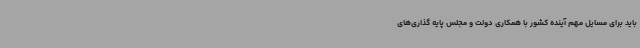
باید برای مسایل مهم آینده کشور با همکاری دولت و مجلس پایه گذاری‌های